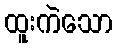
ထူးကဲသော